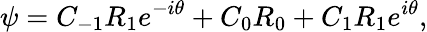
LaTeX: \psi=C_{-1}R_{1}e^{-i\theta}+C_{0}R_{0}+C_{1}R_{1}e^{i\theta},